Tezpur Lunatic Asylum reports 1877-1894 - 1877-1894
Year: 1877
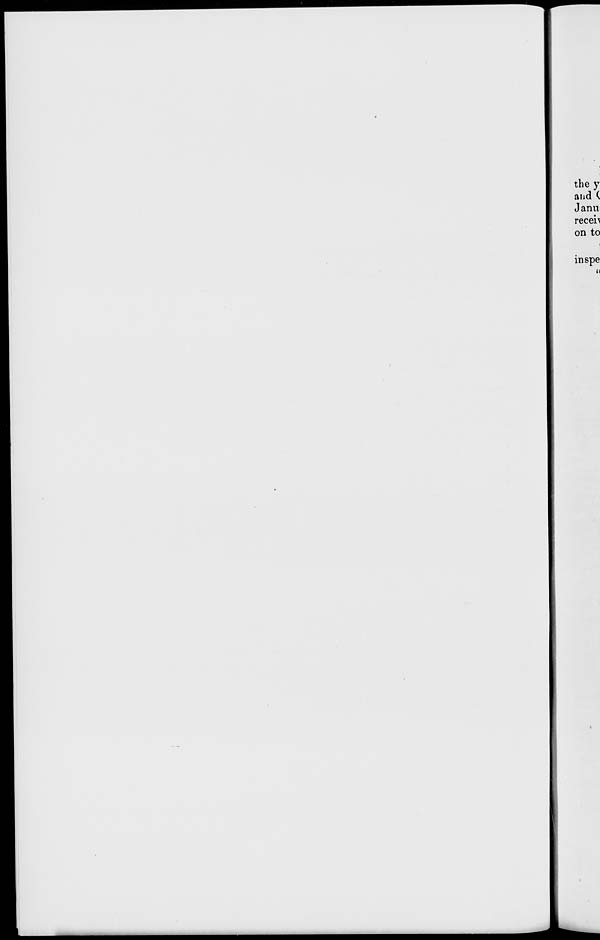
1
I
the y
and (
Jann
receh
on to
inspe